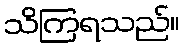
သိကြရသည်။